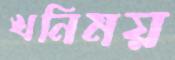
খনিময়